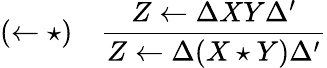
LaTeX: (\leftarrow\star)\quad{\frac{Z\leftarrow\Delta XY\Delta^{\prime}}{Z\leftarrow\Delta(X\star Y)\Delta^{\prime}}}